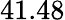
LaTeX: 41.48